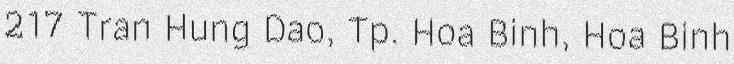
217 Tran Hung Dao, Tp. Hoa Binh, Hoa Binh